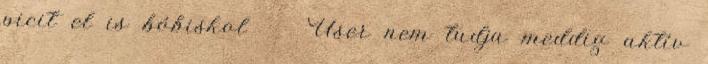
picit el is bóbiskol User nem tudja meddig aktív